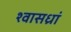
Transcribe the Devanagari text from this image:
श्वासध्रां